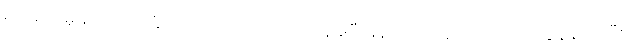
ရပ်ဆိုင်းမှုများ ပေါင်ခြံအား တရားဝင်ထုတ်ပြန်ခဲ့ပြီးနောက် တရုတ်ပြင်ပ ကာဗွန်နည်းပြီး